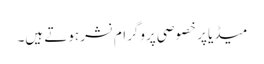
میڈیا پر خصوصی پروگرام نشر ہوتے ہیں۔